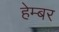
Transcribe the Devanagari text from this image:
हेम्बर